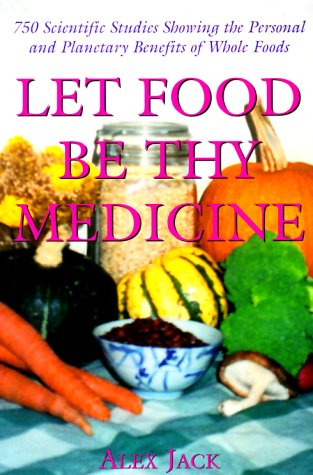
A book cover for Let Food Be Thy Medicine : 750 Scientific Studies and Medical Reports Showing the Personal and Plantary Environmental Benefits of Whole Foods; Cookbooks, Food & Wine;